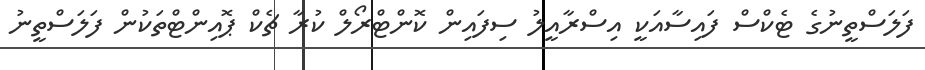
ފަލަސްތީނުގެ ޓެކްސް ފައިސާއަކީ އިސްރާއީލު ސިފައިން ކޮންޓްރޯލް ކުރާ ޗެކް ޕޮއިންޓްތަކުން ފަލަސްތީނު